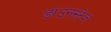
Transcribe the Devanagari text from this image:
डाउनस्टेज